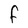
Character: F